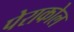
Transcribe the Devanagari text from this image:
पेराकोल